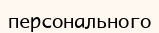
персонального